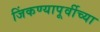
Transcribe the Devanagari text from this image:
जिंकण्यापूर्वीच्या